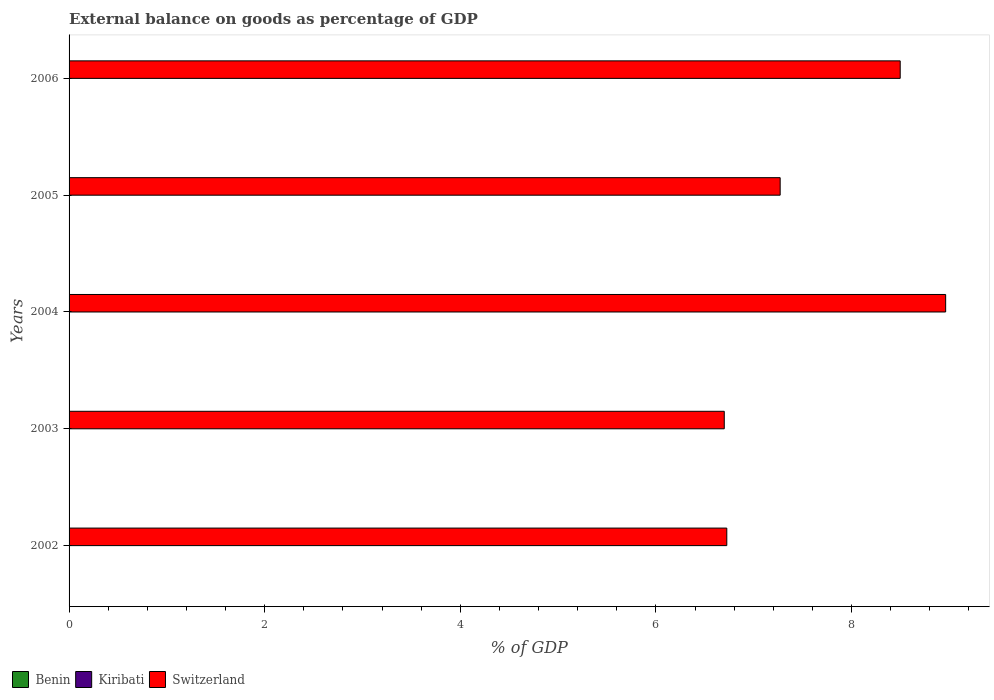
| Years | Benin | Kiribati | Switzerland |
 | --- | --- | --- | --- |
 | 2002 | -11.1 | -94.9 | 6.72 |
 | 2003 | -10.8 | -80.6 | 6.7 |
 | 2004 | -8.73 | -84.1 | 8.96 |
 | 2005 | -7.95 | -109 | 7.27 |
 | 2006 | -9.8 | -84.8 | 8.5 |